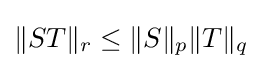
\|ST\|_{r}\leq \|S\|_{p}\|T\|_{q}